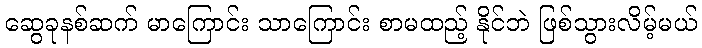
ဆွေခုနစ်ဆက် မာကြောင်း သာကြောင်း စာမထည့် နိုင်ဘဲ ဖြစ်သွားလိမ့်မယ်